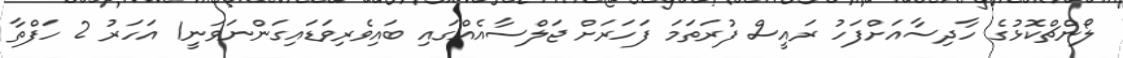
ލޯންޗްކޮޅުގެ ހާދިސާއަށްފަހު ރައީސް ފުރަތަމަ ފަހަރަށް ޖަލްސާއެއްގައި ބައިވެރިވަޑައިގަންނަވަނީ1 އަހަރު 2 ހަފްތާ